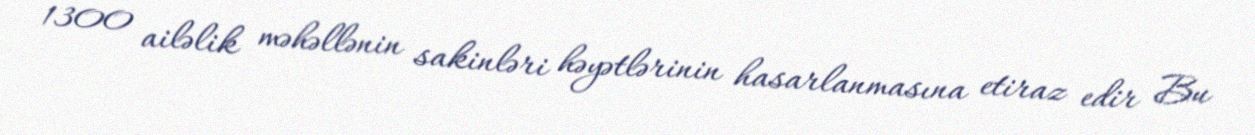
1300 ailəlik məhəllənin sakinləri həyətlərinin hasarlanmasına etiraz edir Bu